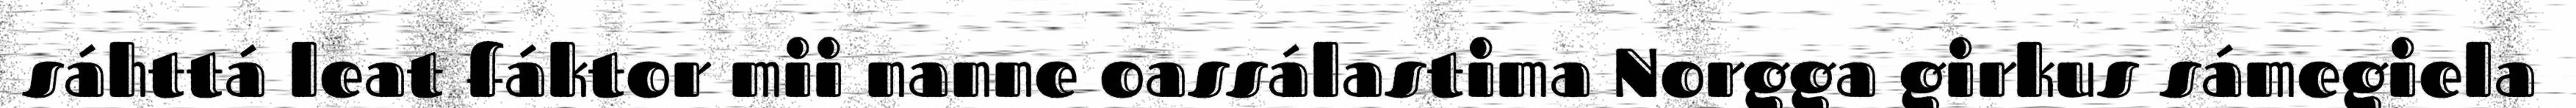
sáhttá leat fáktor mii nanne oassálastima Norgga girkus sámegiela